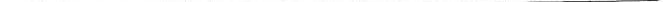
___